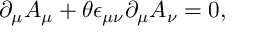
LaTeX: \partial _ { \mu } A _ { \mu } + \theta \epsilon _ { \mu \nu } \partial _ { \mu } A _ { \nu } = 0 ,